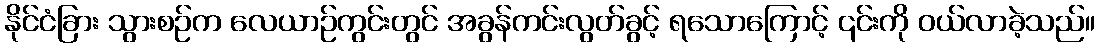
နိုင်ငံခြား သွားစဉ်က လေယာဉ်ကွင်းတွင် အခွန်ကင်းလွတ်ခွင့် ရသောကြောင့် ၎င်းကို ဝယ်လာခဲ့သည်။